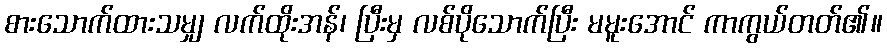
စားသောက်ထားသမျှ လက်ထိုးအန်၊ ပြီးမှ လစ်ပိုသောက်ပြီး မမူးအောင် ကာကွယ်တတ်၏။